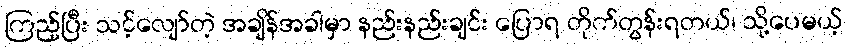
ကြည့်ပြီး သင့်လျော်တဲ့ အချိန်အခါမှာ နည်းနည်းချင်း ပြောရ တိုက်တွန်းရတယ်၊ သို့ပေမယ့်